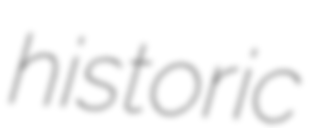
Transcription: historic